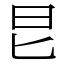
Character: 㫐